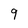
Character: 9